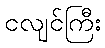
ငလျင်ကြီး